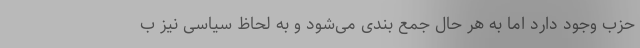
حزب وجود دارد اما به هر حال جمع بندی می‌شود و به لحاظ سیاسی نیز ب